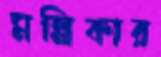
মল্লিকার